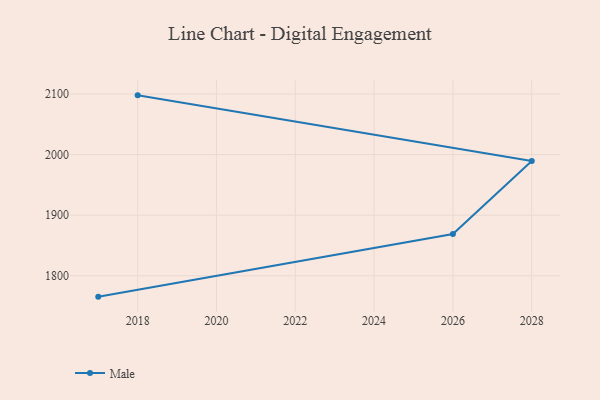
{"axis": {"x": "Year", "y": "Budget (USD K)"}, "legend": ["Male"], "data": [{"x": "2017", "y": 1765.6, "type": "Male"}, {"x": "2026", "y": 1868.9, "type": "Male"}, {"x": "2028", "y": 1989.4, "type": "Male"}, {"x": "2018", "y": 2097.7, "type": "Male"}]}